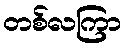
တစ်လကြာ